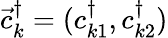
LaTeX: \vec{c}_{k}^{\dagger}=(c_{k1}^{\dagger},c_{k2}^{\dagger})